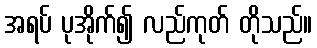
အရပ် ပုအိုက်၍ လည်ကုတ် တိုသည်။